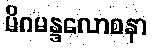
မိဂမန္ဒလောစနာ